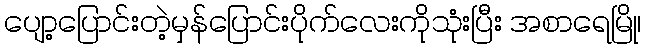
ပျော့ပြောင်းတဲ့မှန်ပြောင်းပိုက်လေးကိုသုံးပြီး အစာရေမြို၊